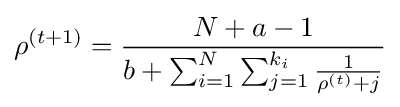
\rho ^{(t+1)}={\frac {N+a-1}{b+\sum _{i=1}^{N}\sum _{j=1}^{k_{i}}{\frac {1}{\rho ^{(t)}+j}}}}